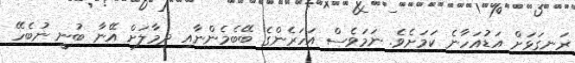
ރަނގަޅަށް އަޑުއަހާނެ ކަމަށެވެ. ނަމަވެސް އަހަރެންގެ ބޭބެމެންނާއި ދިމާލަށް އޭނާ ބުނީ ނުބެހޭ